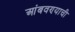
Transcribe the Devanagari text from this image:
आंबवण्याची